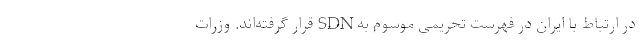
در ارتباط با ایران در فهرست تحریمی موسوم به SDN قرار گرفته‌اند. وزرات